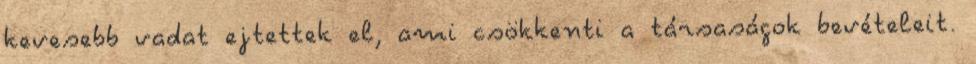
kevesebb vadat ejtettek el, ami csökkenti a társaságok bevételeit.